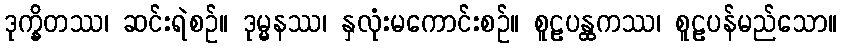
ဒုက္ခိတဿ၊ ဆင်းရဲစဉ်။ ဒုမ္မနဿ၊ နှလုံးမကောင်းစဉ်။ စူဠပန္ထကဿ၊ စူဠပန်မည်သော။